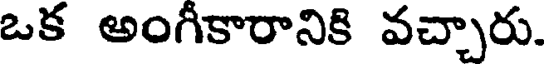
ఒక అంగీకారానికి వచ్చారు.